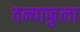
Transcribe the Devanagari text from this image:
वन्याफुला